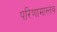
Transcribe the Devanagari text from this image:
परिणामास्तव